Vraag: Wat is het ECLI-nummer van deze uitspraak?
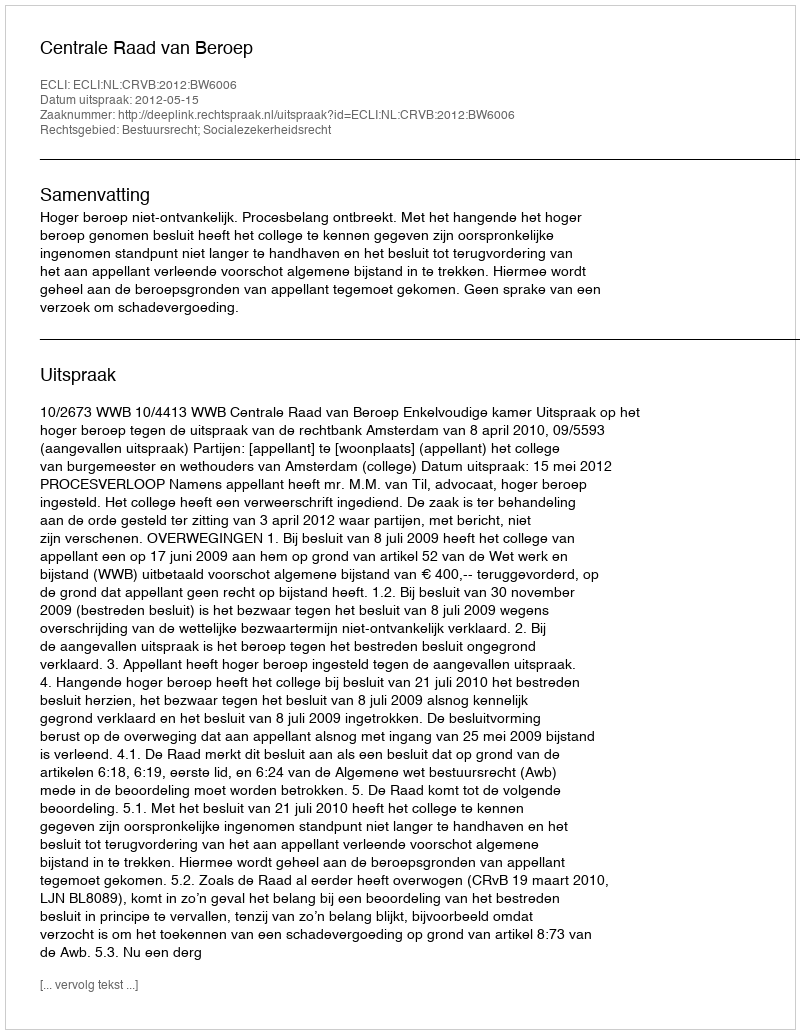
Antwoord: ECLI:NL:CRVB:2012:BW6006